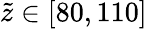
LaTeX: \tilde{z}\in[80,110]